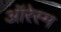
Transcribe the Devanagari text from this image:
ऑरेस्म